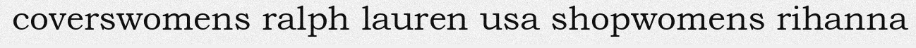
coverswomens ralph lauren usa shopwomens rihanna